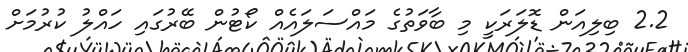
2.2 ބިލިއަން ޑޮލަރަކީ މި ބާވަތުގެ މައްސަލައެއް ކޯޓުން ބޭރުގައި ހައްލު ކުރުމަށް